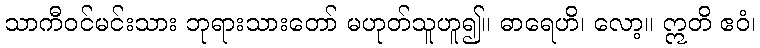
သာကီဝင်မင်းသား ဘုရားသားတော် မဟုတ်သူဟူ၍။ ဓာရေဟိ၊ လော့။ ဣတိ ဧဝံ၊